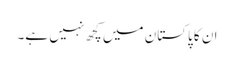
ان کا پاکستان میں کچھ نہیں ہے۔